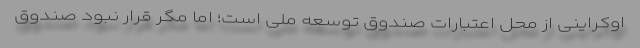
اوكراینی از محل اعتبارات صندوق توسعه ملی است؛ اما مگر قرار نبود صندوق